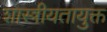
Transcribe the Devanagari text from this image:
शास्त्रीयतायुक्त